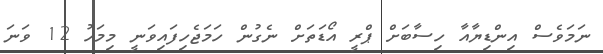
ނަމަވެސް އިންޑިޔާއާ ހިސާބަށް ޕްރީ އޯޑަތަށް ނެގުން ހަމަޖެހިފައިވަނީ މިމަހު 12 ވަނަ